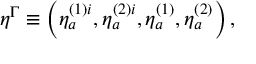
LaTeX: \eta ^ { \Gamma } \equiv \left( \eta _ { a } ^ { ( 1 ) i } , \eta _ { a } ^ { ( 2 ) i } , \eta _ { a } ^ { ( 1 ) } , \eta _ { a } ^ { ( 2 ) } \right) ,